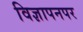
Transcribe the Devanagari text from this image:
विज्ञापनपर